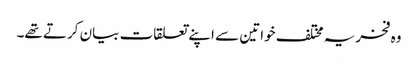
وہ فخریہ مختلف خواتین سے اپنے تعلقات بیان کرتے تھے۔